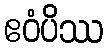
ဧဝံပိဿ